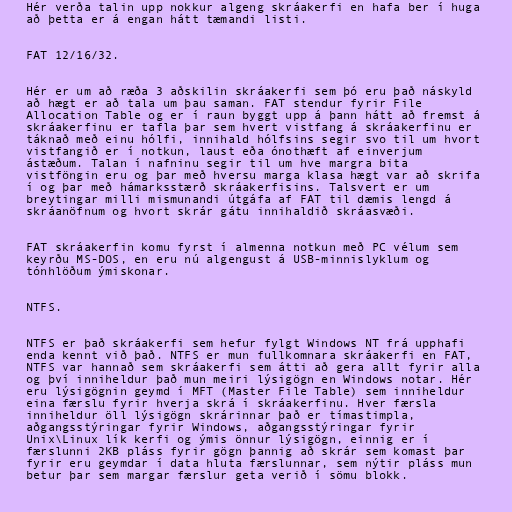
Hér verða talin upp nokkur algeng skráakerfi en hafa ber í huga
að þetta er á engan hátt tæmandi listi.

FAT 12/16/32.

Hér er um að ræða 3 aðskilin skráakerfi sem þó eru það náskyld
að hægt er að tala um þau saman. FAT stendur fyrir File
Allocation Table og er í raun byggt upp á þann hátt að fremst á
skráakerfinu er tafla þar sem hvert vistfang á skráakerfinu er
táknað með einu hólfi, innihald hólfsins segir svo til um hvort
vistfangið er í notkun, laust eða ónothæft af einverjum
ástæðum. Talan í nafninu segir til um hve margra bita
vistföngin eru og þar með hversu marga klasa hægt var að skrifa
í og þar með hámarksstærð skráakerfisins. Talsvert er um
breytingar milli mismunandi útgáfa af FAT til dæmis lengd á
skráanöfnum og hvort skrár gátu innihaldið skráasvæði.

FAT skráakerfin komu fyrst í almenna notkun með PC vélum sem
keyrðu MS-DOS, en eru nú algengust á USB-minnislyklum og
tónhlöðum ýmiskonar.

NTFS.

NTFS er það skráakerfi sem hefur fylgt Windows NT frá upphafi
enda kennt við það. NTFS er mun fullkomnara skráakerfi en FAT,
NTFS var hannað sem skráakerfi sem átti að gera allt fyrir alla
og því inniheldur það mun meiri lýsigögn en Windows notar. Hér
eru lýsigögnin geymd í MFT (Master File Table) sem inniheldur
eina færslu fyrir hverja skrá í skráakerfinu. Hver færsla
inniheldur öll lýsigögn skrárinnar það er tímastimpla,
aðgangsstýringar fyrir Windows, aðgangsstýringar fyrir
Unix\Linux lík kerfi og ýmis önnur lýsigögn, einnig er í
færslunni 2KB pláss fyrir gögn þannig að skrár sem komast þar
fyrir eru geymdar í data hluta færslunnar, sem nýtir pláss mun
betur þar sem margar færslur geta verið í sömu blokk.